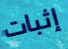
إثبات